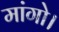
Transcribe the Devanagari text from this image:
मांगो।